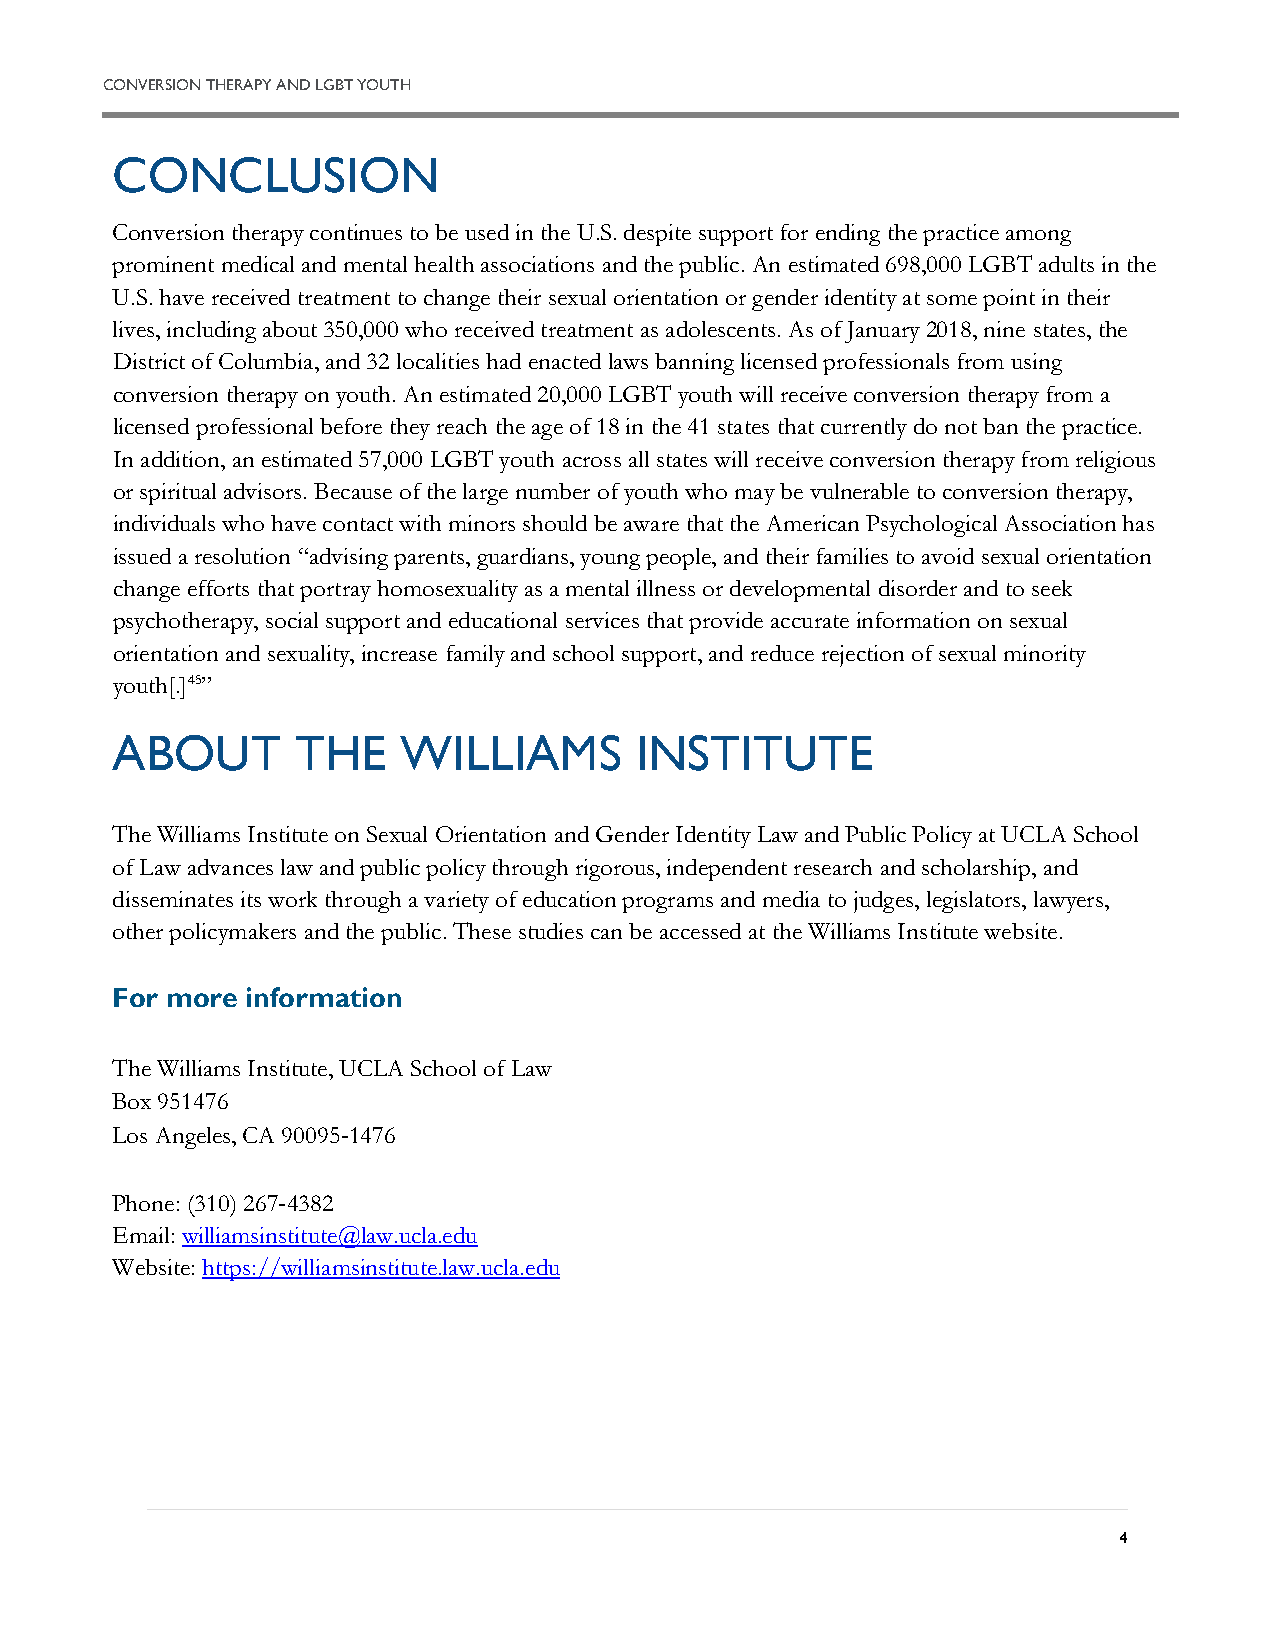
C ONVERSION THERAPY AND LGBT YOUTH
 CONCLUSION
 Conversion therapy continues to be used in the U.S. despite support for ending the practice among
 prominent medical and mental health associations and the public. An estimated 698,000 LGBT adults in the
 U.S. have received treatment to change their sexual orientation or gender identity at some point in their
 lives, including about 350,000 who received treatment as adolescents. As of January 2018, nine states, the
 District of Columbia, and 32 localities had enacted laws banning licensed professionals from using
 conversion therapy on youth. An estimated 20,000 LGBT youth will receive conversion therapy from a
 licensed professional before they reach the age of 18 in the 41 states that currently do not ban the practice.
 In addition, an estimated 57,000 LGBT youth across all states will receive conversion therapy from religious
 or spiritual advisors. Because of the large number of youth who may be vulnerable to conversion therapy,
 individuals who have contact with minors should be aware that the American Psychological Association has
 issued a resolution “advising parents, guardians, young people, and their families to avoid sexual orientation
 change efforts that portray homosexuality as a mental illness or developmental disorder and to seek
 psychotherapy, social support and educational services that provide accurate information on sexual
 orientation and sexuality, increase family and school support, and reduce rejection of sexual minority
 youth[.]45”
 ABOUT        THE   WILLIAMS        INSTITUTE
 The Williams Institute on Sexual Orientation and Gender Identity Law and Public Policy at UCLA School
 of Law advances law and public policy through rigorous, independent research and scholarship, and
 disseminates its work through a variety of education programs and media to judges, legislators, lawyers,
 other policymakers and the public. These studies can be accessed at the Williams Institute website.
 For more information
 The Williams Institute, UCLA School of Law
 Box 951476
 Los Angeles, CA 90095‐1476
 Phone: (310) 267‐4382
 Email: williamsinstitute@law.ucla.edu
 Website: https://williamsinstitute.law.ucla.edu
 4